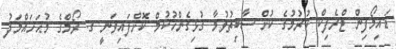
ޑައިމޯފިން ޓްރެފިކް ކުރުމުގެ ކުށް ސާބިތުވުމާ ގުޅިގެންހުކުމް ކޮށްފައިވަނީ ގ. ރޯމްގެ މުޙަހައްމަދު